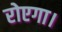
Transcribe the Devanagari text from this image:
रोएगा।